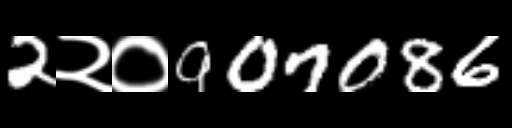
Text: 2२०907086